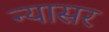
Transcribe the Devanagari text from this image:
न्यासर